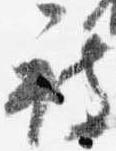
被